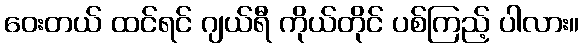
ဝေးတယ် ထင်ရင် ဂျယ်ရီ ကိုယ်တိုင် ပစ်ကြည့် ပါလား။